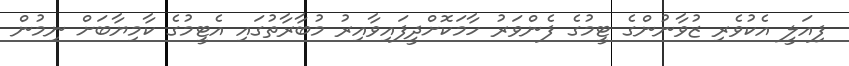
ފިއަލީ އެކުވެރި ޒުވާނުންގެ ޓީމުގެ ފެންވަރު ހާމަކޮށްދީފައިވާއިރު މުބާރާތުގައި އެޓީމުގެ ކާމިޔާބަށް ނިމުން